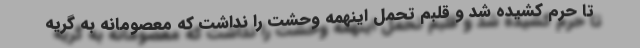
تا حرم کشیده شد و قلبم تحمل اینهمه وحشت را نداشت که معصومانه به گریه